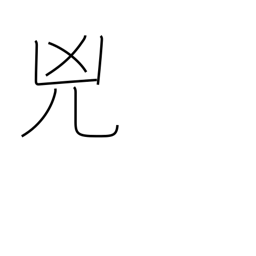
Meaning: wickedness